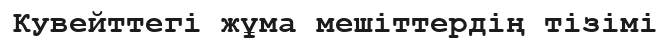
Кувейттегі жұма мешіттердің тізімі